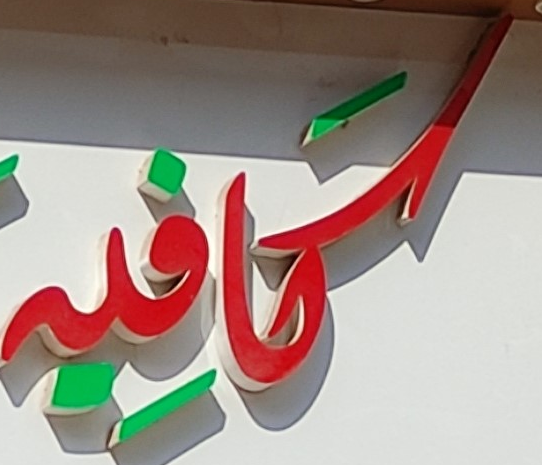
كافيه